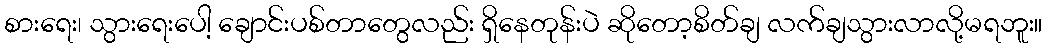
စားရေး၊ သွားရေးပေါ့ ချောင်းပစ်တာတွေလည်း ရှိနေတုန်းပဲ ဆိုတော့စိတ်ချ လက်ချသွားလာလို့မရဘူး။